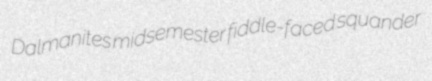
Dalmanites midsemester fiddle-faced squander